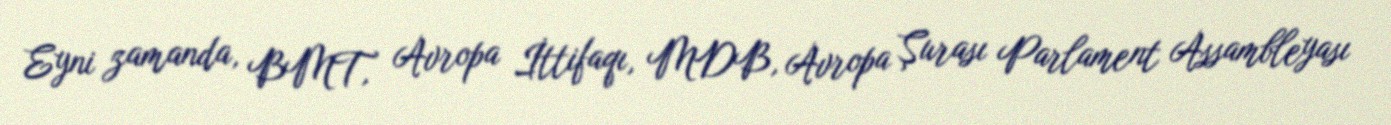
Eyni zamanda, BMT, Avropa İttifaqı, MDB, Avropa Şurası Parlament Assambleyası